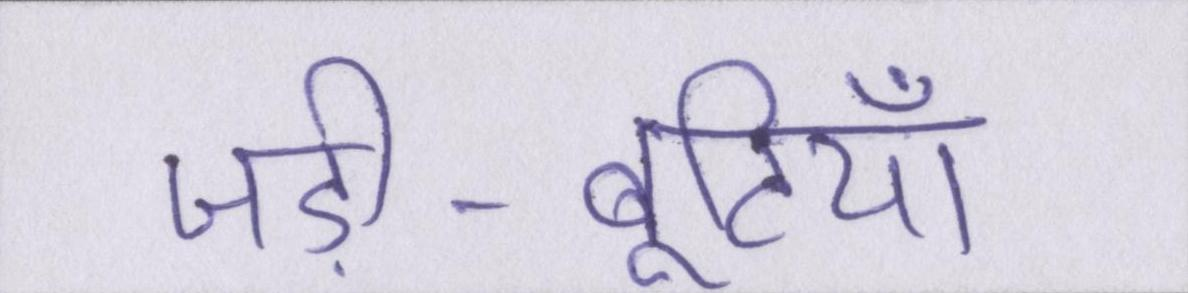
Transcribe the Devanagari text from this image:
जड़ी-बूटियाँ